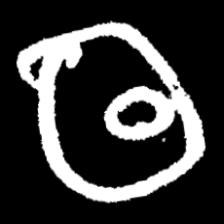
Pyu character \u2014 Myanmar letter: ထ (romanized: tha)